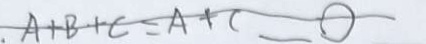
\cdot A + B + C = A + C = 0